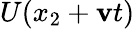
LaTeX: U(x_{2}+\mathbf{v}t)